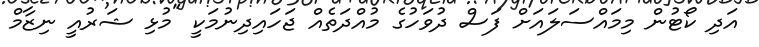
އަދި ކޯޓުން މިމައްސަލައަށް ފަސް ދުވަހުގެ މުއްދަތެއް ޖަހައިދިނުމަކީ "މުޅި ޝަރުއީ ނިޒާމް